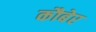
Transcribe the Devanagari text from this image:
कौबेर